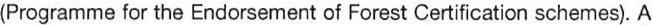
(Programme for the Endorsement of Forest Certification schemes). A